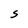
Character: S